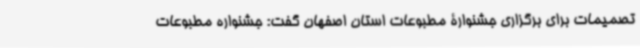
تصمیمات برای برگزاری جشنوارۀ مطبوعات استان اصفهان گفت: جشنواره مطبوعات